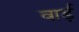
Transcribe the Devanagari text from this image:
वार्ड़